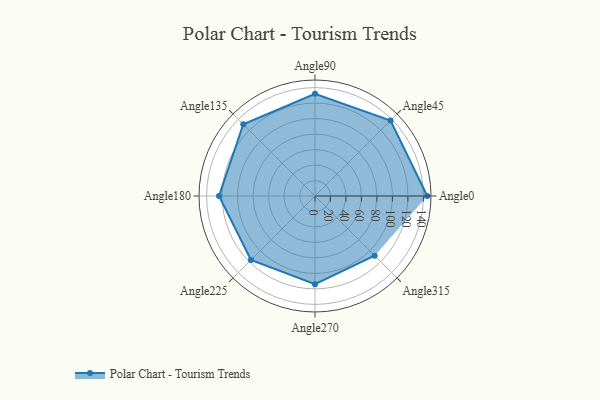
{"axis": {"x": "Angle", "y": "Radius"}, "legend": [""], "data": [{"x": "Angle0", "y": 145.0, "type": ""}, {"x": "Angle45", "y": 138.0, "type": ""}, {"x": "Angle90", "y": 132.0, "type": ""}, {"x": "Angle135", "y": 131.0, "type": ""}, {"x": "Angle180", "y": 124.0, "type": ""}, {"x": "Angle225", "y": 117.0, "type": ""}, {"x": "Angle270", "y": 114.0, "type": ""}, {"x": "Angle315", "y": 109.0, "type": ""}]}